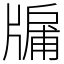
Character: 牖